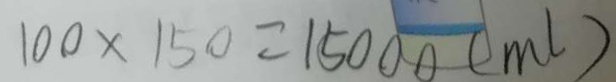
1 0 0 \times 1 5 0 = 1 5 0 0 0 ( m l )